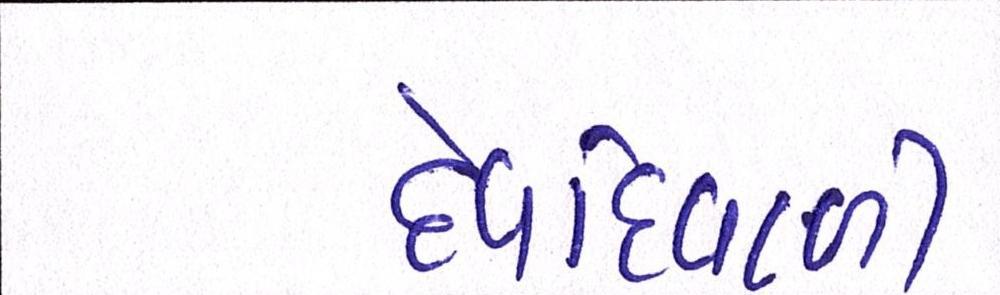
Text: દેવદિવાળી